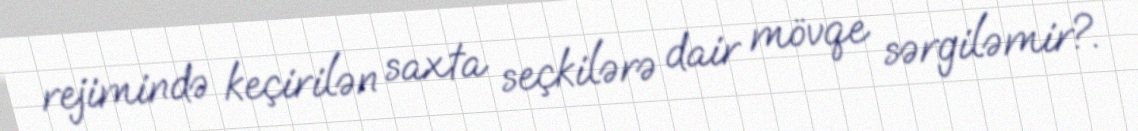
rejimində keçirilən saxta seçkilərə dair mövqe sərgiləmir?.